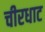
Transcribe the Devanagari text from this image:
चीरधाट